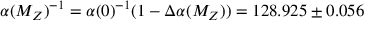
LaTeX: \alpha ( M _ { Z } ) ^ { - 1 } = \alpha ( 0 ) ^ { - 1 } ( 1 - \Delta \alpha ( M _ { Z } ) ) = 1 2 8 . 9 2 5 \pm 0 . 0 5 6